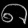
Digit: ၈